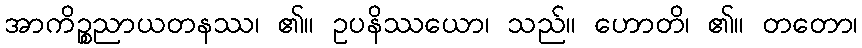
အာကိဉ္စညာယတနဿ၊ ၏။ ဥပနိဿယော၊ သည်။ ဟောတိ၊ ၏။ တတော၊